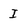
Character: I